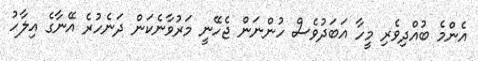
އެންމެ ބުއްދިވެރި މީހާ އަބަދުވެސް ހުންނަން ޖެހޭނީ މަރުވާނެކަން ދަނެހުރެ އޭނާގެ އިލާހު